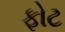
ફોટ